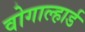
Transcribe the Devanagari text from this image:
वोगाल्हार्ड